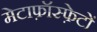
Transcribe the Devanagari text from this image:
मेटाफ़ॉस्फ़ेटों